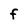
Character: F